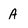
Character: A